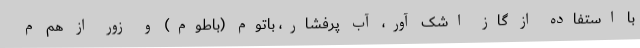
با استفاده از گاز اشک آور، آب پرفشار، باتوم (باطوم) و زور از هم م